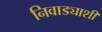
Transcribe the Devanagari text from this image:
निवाड्याशी